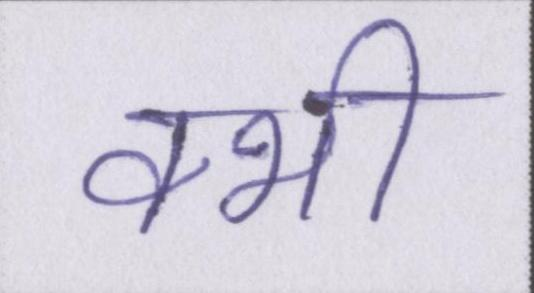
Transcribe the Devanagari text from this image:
क्भी